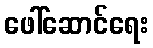
ဖေါ်ဆောင်ရေး